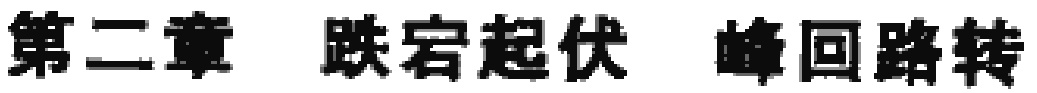
第二章 跌宕起伏 峰回路转